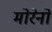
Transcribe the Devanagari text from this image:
मोरेनों